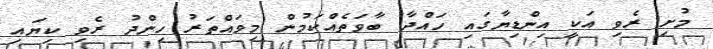
މުށި ރެވި އަކީ އިންޑިޔާގައި ހައްދާ ބާވަތެއްކަމުން މިވައްތަރު ހިންދު ރެވި ކިޔައި